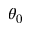
\theta _ { 0 }